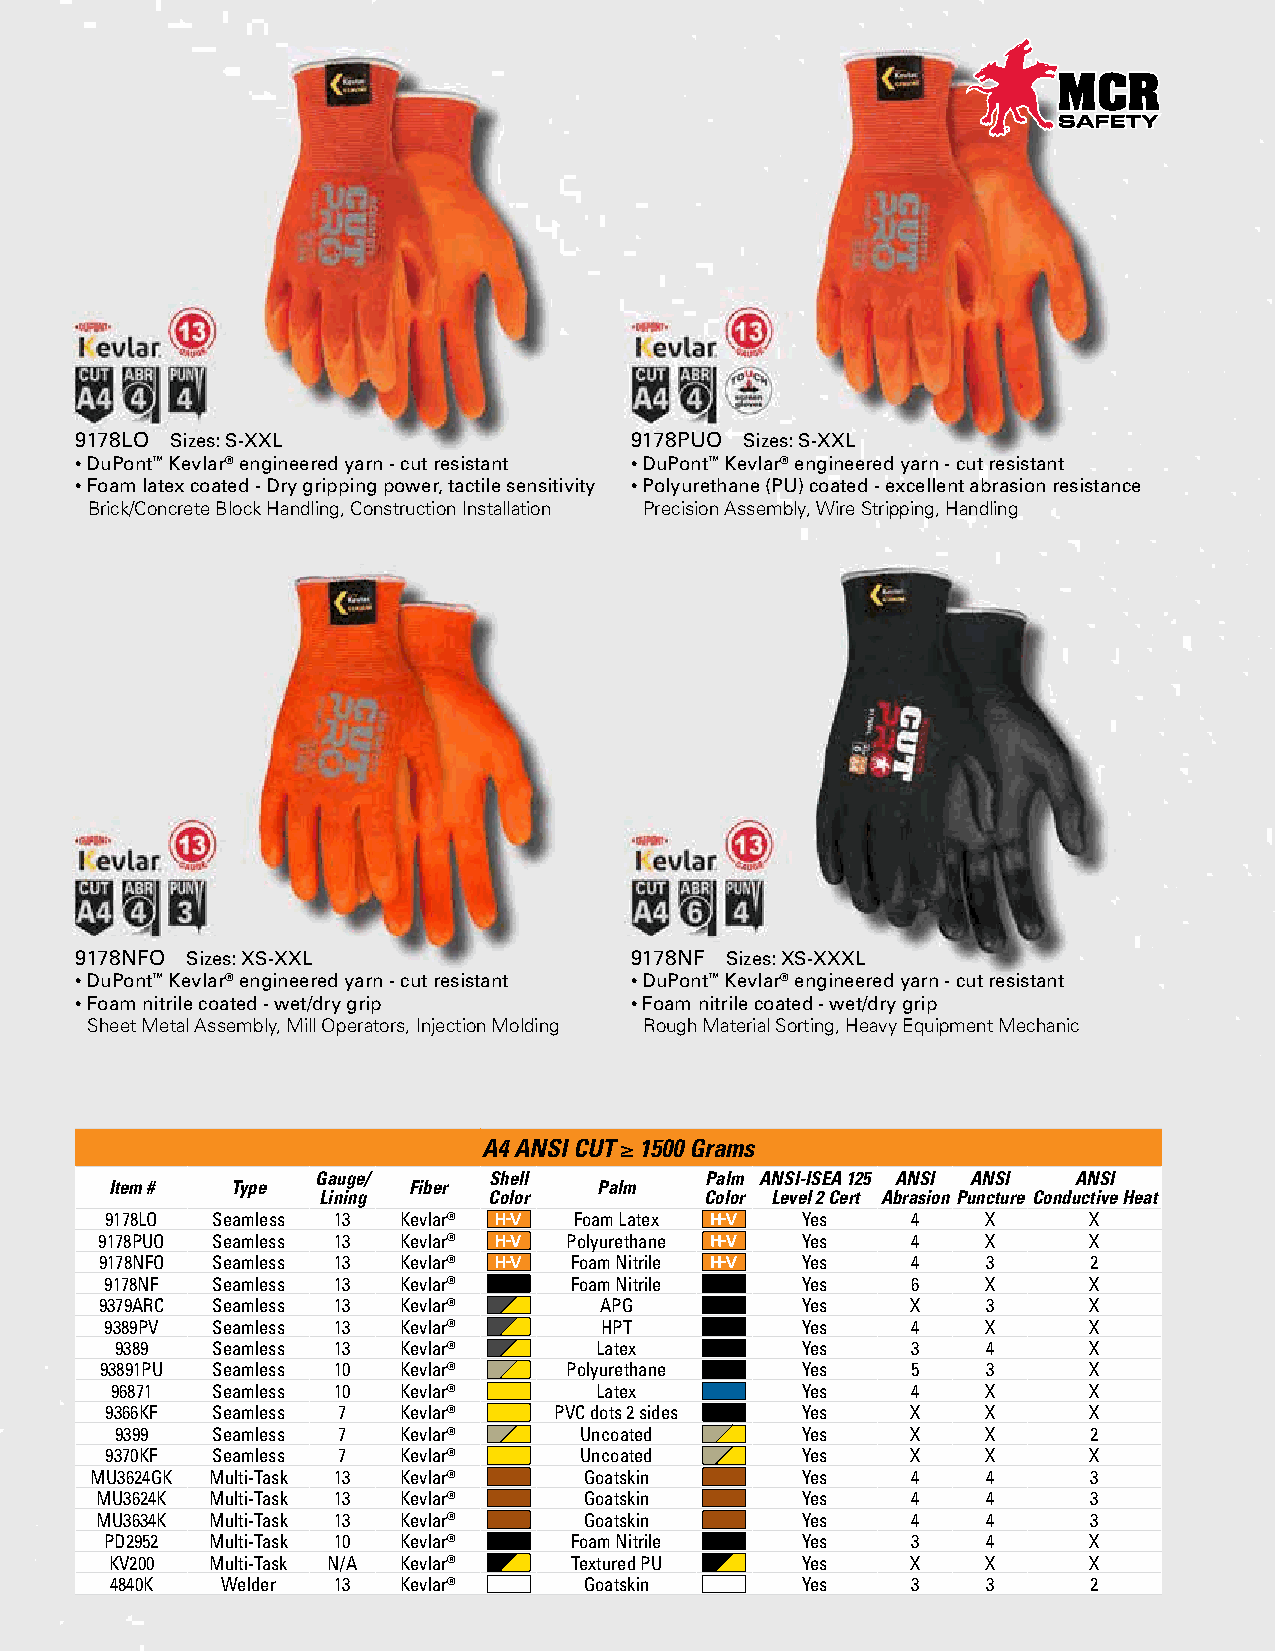
9178LO Sizes: S-XXL                  9178PUO Sizes: S-XXL
 • DuPont™ Kevlar® engineered yarn - cut resistant • DuPont™ Kevlar® engineered yarn - cut resistant
 • Foam latex coated - Dry gripping power, tactile sensitivity • Polyurethane (PU) coated - excellent abrasion resistance
 Brick/Concrete Block Handling, Construction Installation Precision Assembly, Wire Stripping, Handling
 9178NFO Sizes: XS-XXL                9178NF Sizes: XS-XXXL
 • DuPont™ Kevlar® engineered yarn - cut resistant • DuPont™ Kevlar® engineered yarn - cut resistant
 • Foam nitrile coated - wet/dry grip • Foam nitrile coated - wet/dry grip
 Sheet Metal Assembly, Mill Operators, Injection Molding Rough Material Sorting, Heavy Equipment Mechanic
 A4 ANSI CUT ≥ 1500 Grams
 Gauge/     Shell          Palm ANSI-ISEA 125 ANSI ANSI ANSI
 Item #  Type        Fiber        Palm
 Lining     Color          Color Level 2 Cert Abrasion Puncture Conductive Heat
 9178LO Seamless 13 Kevlar®     Foam Latex     Yes    4    X      X
 9178PUO Seamless 13 Kevlar®    Polyurethane   Yes    4    X      X
 9178NFO Seamless 13 Kevlar®    Foam Nitrile   Yes    4    3      2
 9178NF Seamless 13 Kevlar®     Foam Nitrile   Yes    6    X      X
 9379ARC Seamless 13 Kevlar®      APG          Yes    X    3      X
 9389PV Seamless 13 Kevlar®       HPT          Yes    4    X      X
 9389  Seamless 13 Kevlar®      Latex         Yes    3    4      X
 93891PU Seamless 10 Kevlar®    Polyurethane   Yes    5    3      X
 96871  Seamless 10 Kevlar®      Latex         Yes    4    X      X
 9366KF Seamless 7  Kevlar®    PVC dots 2 sides Yes   X    X      X
 9399  Seamless 7  Kevlar®     Uncoated       Yes    X    X      2
 9370KF Seamless 7  Kevlar®     Uncoated       Yes    X    X      X
 MU3624GK Multi-Task 13 Kevlar®   Goatskin      Yes    4    4      3
 MU3624K Multi-Task 13 Kevlar®    Goatskin      Yes    4    4      3
 MU3634K Multi-Task 13 Kevlar®    Goatskin      Yes    4    4      3
 PD2952 Multi-Task 10 Kevlar®   Foam Nitrile   Yes    3    4      X
 KV200  Multi-Task N/A Kevlar®  Textured PU    Yes    X    X      X
 4840K   Welder 13  Kevlar®      Goatskin      Yes    3    3      2